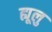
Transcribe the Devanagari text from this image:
ह्यूलु